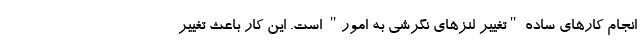
انجام کارهای ساده "تغییر لنزهای نگرشی به امور" است. این کار باعث تغییر